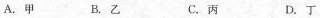
A. 甲 B. 乙 C. 丙 D. 丁